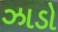
ઝાડો